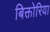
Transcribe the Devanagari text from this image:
बिक्तोरिया